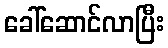
ခေါ်ဆောင်လာပြီး